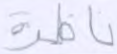
ناظرة